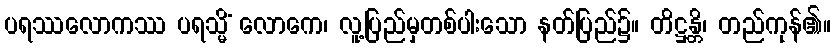
ပရဿလောကဿ ပရသ္မိံ လောကေ၊ လူ့ပြည်မှတစ်ပါးသော နတ်ပြည်၌။ တိဋ္ဌန္တိ၊ တည်ကုန်၏။